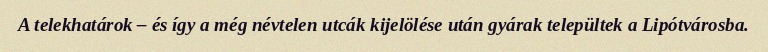
A telekhatárok – és így a még névtelen utcák kijelölése után gyárak települtek a Lipótvárosba.